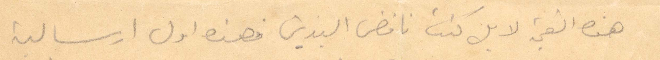
هذه القيمة لا بل كنت نافض اليدين فهذه اول ارسالته